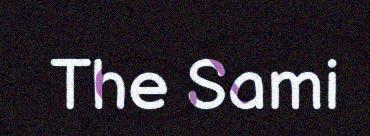
The Sami